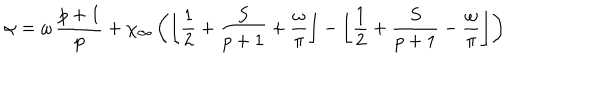
\alpha = \omega \, \displaystyle \frac { p + 1 } { p } + \chi _ { \infty } \left( \left\lfloor \displaystyle \frac { 1 } { 2 } + \displaystyle \frac { S } { p + 1 } + \displaystyle \frac { \omega } { \pi } \right\rfloor - \left\lfloor \displaystyle \frac { 1 } { 2 } + \displaystyle \frac { S } { p + 1 } - \displaystyle \frac { \omega } { \pi } \right\rfloor \right)